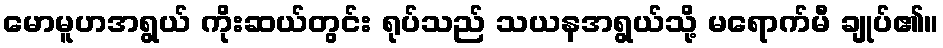
မောမူဟအရွယ် ကိုးဆယ်တွင်း ရုပ်သည် သယနအရွယ်သို့ မရောက်မီ ချုပ်၏။